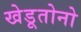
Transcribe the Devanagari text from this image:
खेडूतोनो